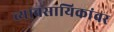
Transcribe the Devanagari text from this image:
व्यावसायिकांवर